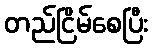
တည်ငြိမ်စေပြီး